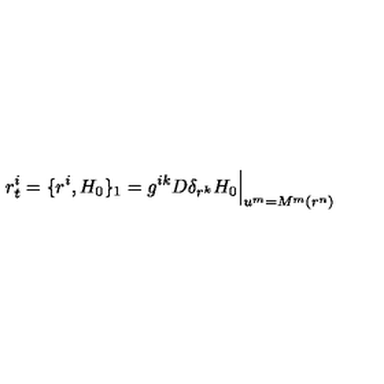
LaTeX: r _ { t } ^ { i } = \{ r ^ { i } , H _ { 0 } \} _ { 1 } = g ^ { i k } D \delta _ { r ^ { k } } H _ { 0 } \Big | _ { u ^ { m } = M ^ { m } ( r ^ { n } ) }